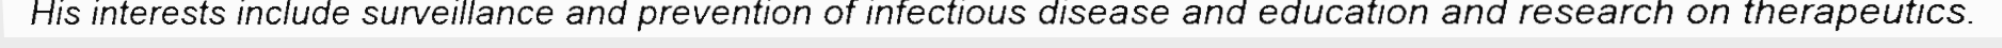
His interests include surveillance and prevention of infectious disease and education and research on therapeutics.